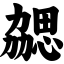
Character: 勰